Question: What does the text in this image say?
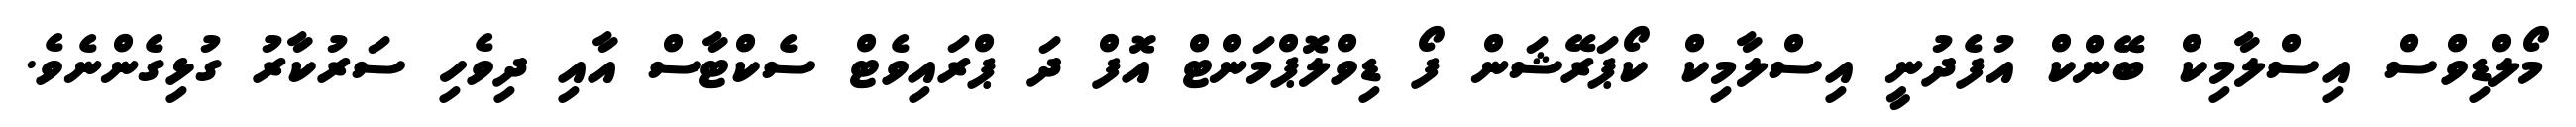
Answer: މޯލްޑިވްސް އިސްލާމިކް ބޭންކް އުފެދުނީ އިސްލާމިކް ކޯޕަރޭޝަން ފޯ ޑިވްލޮޕްމަންޓް އޮފް ދަ ޕްރައިވެޓް ސެކްޓާސް އާއި ދިވެހި ސަރުކާރު ގުޅިގެންނެވެ.